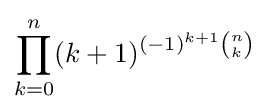
\prod _{k=0}^{n}(k+1)^{(-1)^{k+1}{n \choose k}}